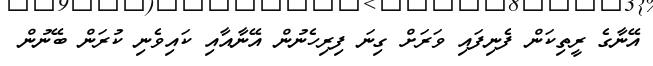
އޭނާގެ ރީތިކަން ފެނިފައި ވަރަށް ގިނަ ފިރިހެނުން އޭނާއާއި ކައިވެނި ކުރަން ބޭނުން